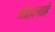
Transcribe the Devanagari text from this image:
संग्रहालाहि